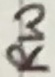
Text: RW